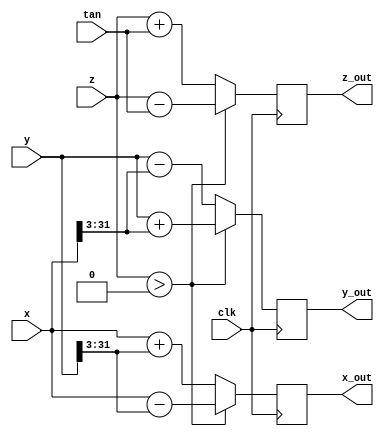
`timescale 1ns / 1ps
//////////////////////////////////////////////////////////////////////////////////
// Company:
// Engineer:
//
// Design Name:
// Module Name: adder
// Project Name:
// Target Devices:
// Tool Versions:
// Description:
//
// Dependencies:
//
// Revision:
// Revision 0.01 - File Created
// Additional Comments:
//
//////////////////////////////////////////////////////////////////////////////////

module shift_accumulate3(
input [31:0] x,
input [31:0] y,
input [31:0] z,
input [31:0] tan,
input clk,
output reg [31:0] x_out,
output reg [31:0] y_out,
output reg [31:0] z_out

    );
    always @(posedge clk)
       begin
           if($signed(z)>$signed(0))
           begin
              x_out<=x-($signed(y)>>>3);
              y_out<=y+($signed(x)>>>3);
              z_out<=z-tan;
           end
           else
           begin
               x_out<=x+($signed(y)>>>3);
               y_out<=y-($signed(x)>>>3);
               z_out<=z+tan;
           end
       end
endmodule